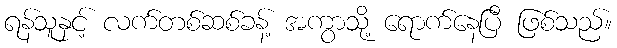
ရန်သူနှင့် လက်တစ်ဆစ်ခန့် အကွာသို့ ရောက်နေပြီ ဖြစ်သည်။